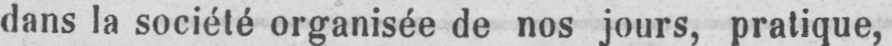
dans la société organisée de nos jours, pratique,